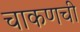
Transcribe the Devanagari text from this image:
चाकणची